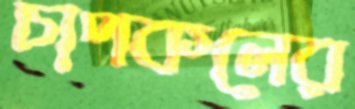
চাপকলের